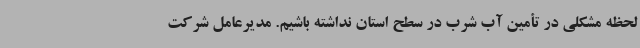
لحظه مشکلی در تأمین آب شرب در سطح استان نداشته باشیم. مدیرعامل شرکت